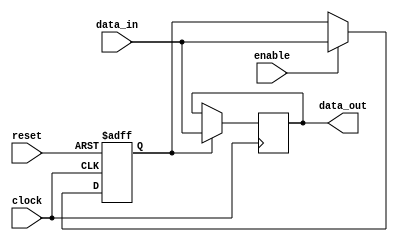
module latch_delay (
    input clock,
    input reset,
    input enable,
    input data_in,
    output reg data_out
);

reg latch;

always @(posedge clock or posedge reset) begin
    if (reset) begin
        latch <= 1'b0;
    end else if (enable) begin
        latch <= data_in;
    end
end

always @(posedge clock) begin
    if (latch) begin
        data_out <= data_in;
    end
end

endmodule